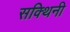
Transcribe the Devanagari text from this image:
सक्थिनी